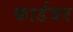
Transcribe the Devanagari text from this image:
कार्डवर